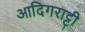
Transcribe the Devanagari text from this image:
आदिगराट्टी